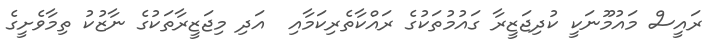
ރައީސް މައުމޫނަކީ ކުދިޖަޒީރާ ގައުމުތަކުގެ ރައްކާތެރިކަމާއި  އަދި މިޖަޒީރާތަކުގެ ނާޒުކު ތިމާވެށީގެ